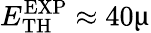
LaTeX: E_{\mathrm{TH}}^{\mathrm{EXP}}\approx 40\upmu